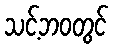
သင့်ဘဝတွင်